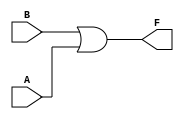
module k_map_2_variable (
    input wire A, // First input
    input wire B, // Second input
    output wire F // Output
);

// Boolean function derived from K-map
assign F = B | A; // F = A + B

endmodule